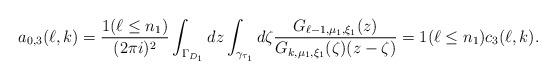
LaTeX: \begin{align*}a_{0,3}(\ell,k)=\frac {1(\ell\le n_1)}{(2\pi i)^2}\int_{\Gamma_{D_1}}dz\int_{\gamma_{\tau_1}}d\zeta\frac{G_{\ell-1,\mu_1,\xi_1}(z)}{G_{k,\mu_1,\xi_1}(\zeta)(z-\zeta)}=1(\ell\le n_1)c_3(\ell,k).\end{align*}